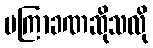
မကြာခဏဆိုသလို